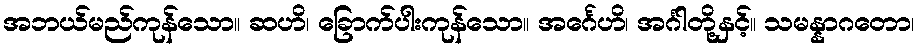
အဘယ်မည်ကုန်သော။ ဆဟိ၊ ခြောက်ပါးကုန်သော။ အင်္ဂေဟိ၊ အင်္ဂါတို့နှင့်။ သမန္နာဂတော၊